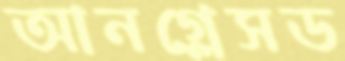
আনগ্লেসড